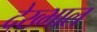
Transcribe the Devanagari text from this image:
देख्भाल